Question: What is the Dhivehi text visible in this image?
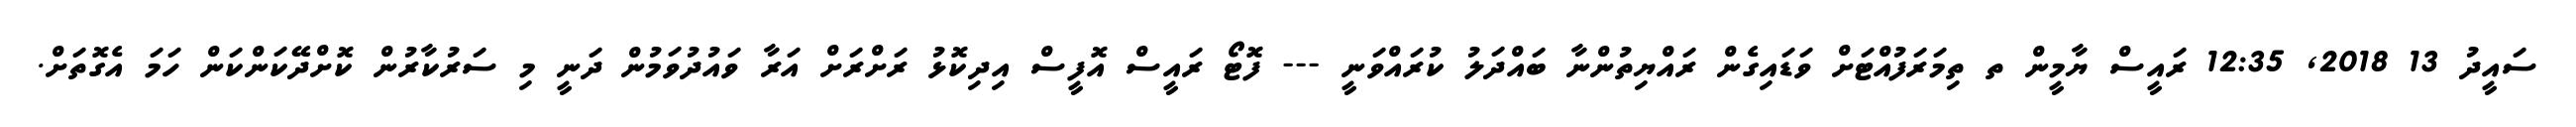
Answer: ސައީދު 13 2018, 12:35 ރައީސް ޔާމީން ތ ތިމަރަފުއްޓަށް ވަޑައިގެން ރައްޔިތުންނާ ބައްދަލު ކުރައްވަނީ --- ފޮޓޯ ރައީސް އޮފީސް އިދިކޮޅު ރަށްރަށް އަރާ ވައުދުވަމުން ދަނީ މި ސަރުކާރުން ކޮށްދޭކަންކަން ހަމަ އެގޮތަށް.